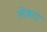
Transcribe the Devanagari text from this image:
लेकप